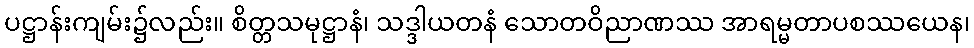
ပဋ္ဌာန်းကျမ်း၌လည်း။ စိတ္တသမုဋ္ဌာနံ၊ သဒ္ဒါယတနံ သောတဝိညာဏဿ အာရမ္မတာပစဿယေန၊